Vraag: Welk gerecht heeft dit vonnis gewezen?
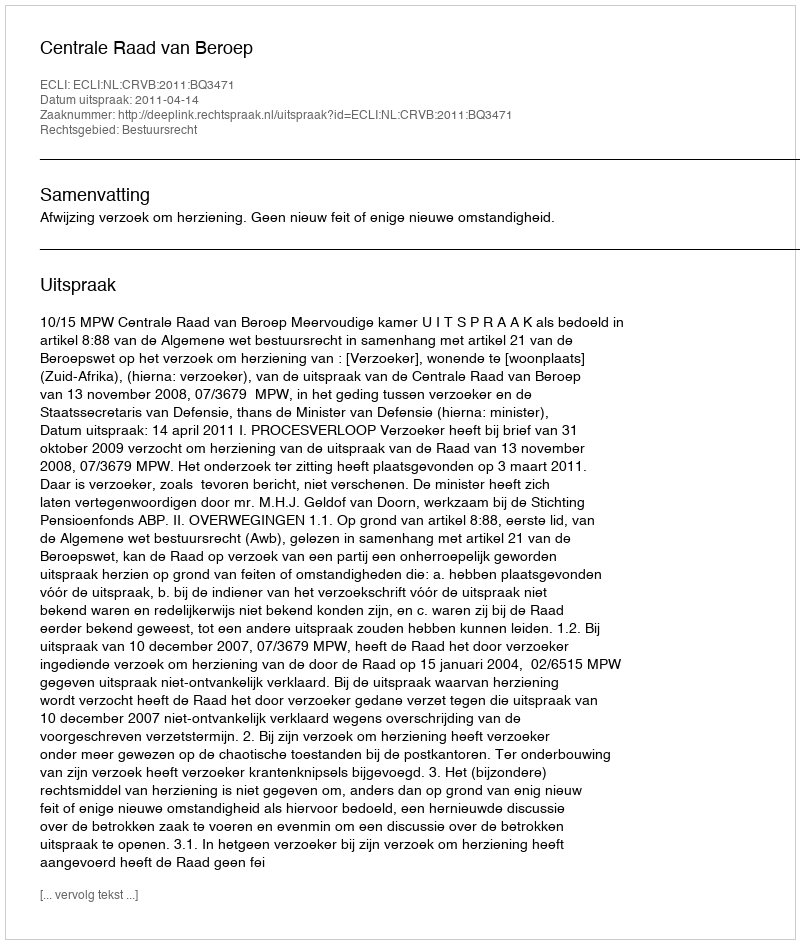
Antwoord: Centrale Raad van Beroep